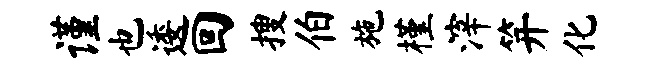
谨也逶回搜伯施槿滓笄化